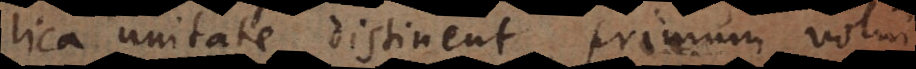
Catholica unitate distinent, primum volui